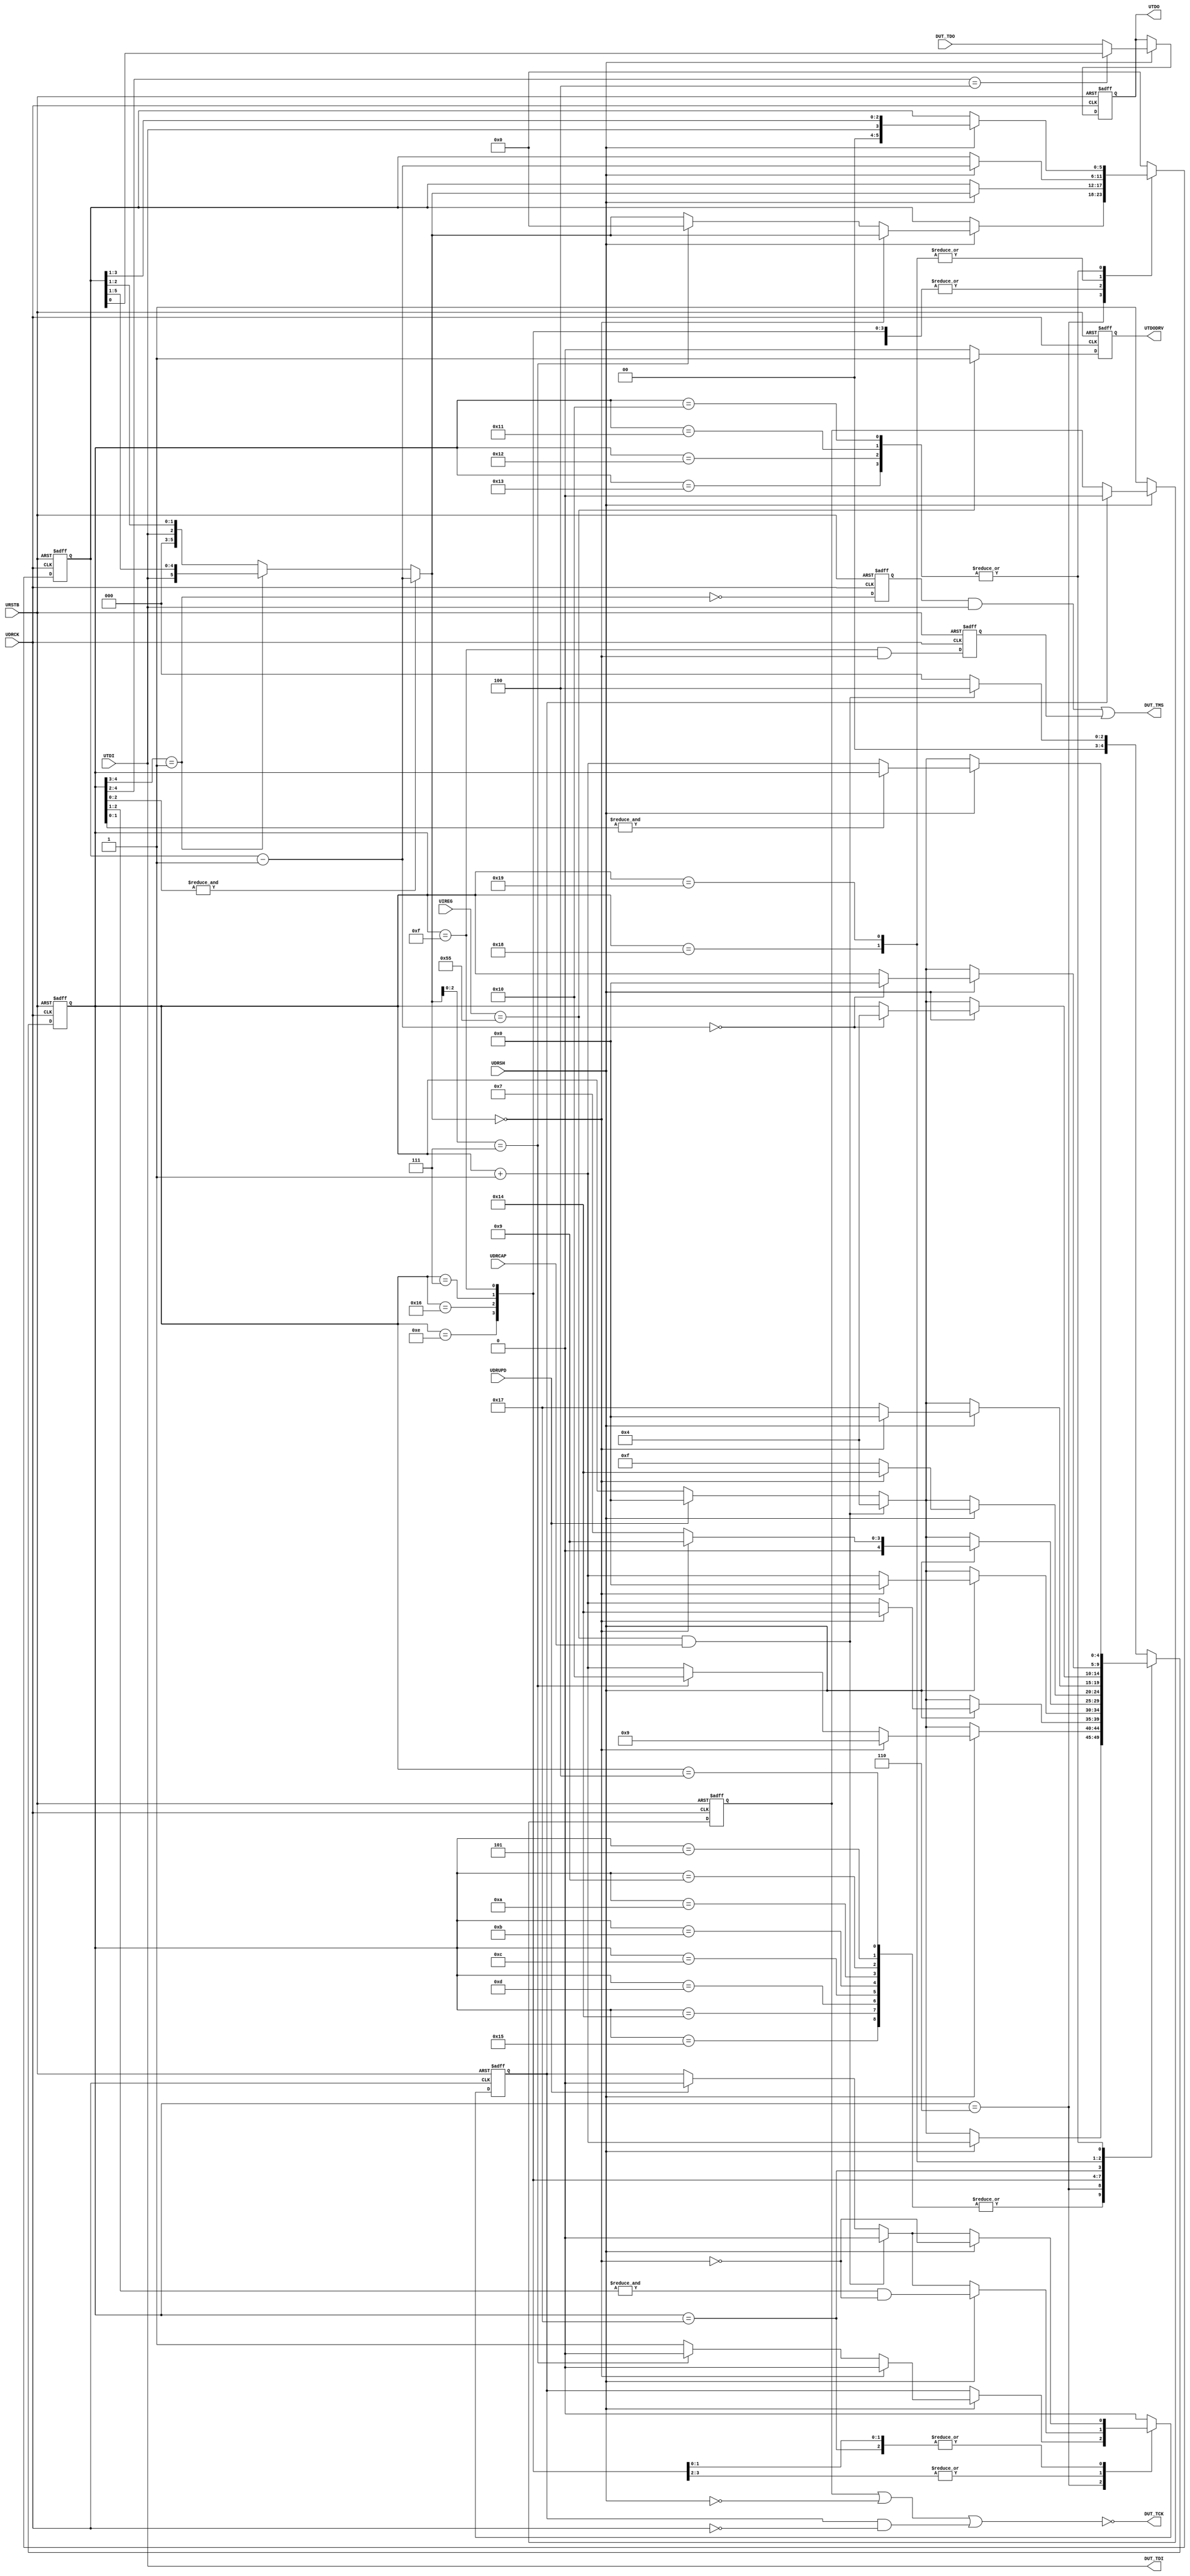
//----------------------------------------------------------------------------
//
// Copyright (C) 1999-2005 First Silicon Solutions, Inc.  All rights reserved.
//
// This source file is unpublished, proprietary information of First Silicon
// Solutions, Inc.
//
// It may be used per limitations as defined under applicable non-dislosure
// agreements and provided that this copyright statement is not removed
// from the file.  The code contained herein is not to be distributed,
// in whole or in part, without prior written permission from First Silicon
// Solutions, Inc.  First Silicon Solutions distributes this source file
// "as is" and does not guarantee applicability to any given application.
// Please send all questions and comments (including any and all discovered
// errors) on this source file to support@fs2.com.
//
// Module:
//   uj_jtag:   Conversion from UJTAG to JTAG within Actel APA / PA3 devices.
//
// $Log: uj_jtag.v,v $
// Revision 1.2  2005/12/21 22:19:01  ernie
// - Added gpin and gpout general-purpose I/O.  These are addressable through
// UJTAG to control on-chip resources such as reset or test modes.
// - Adjustments to support going into pause states in the middle of shifts.
//
// Revision 1.1  2005/08/31 16:33:32  ernie
// Initial revision
//
// $Id: uj_jtag.v 1 2007-09-24 16:19:02Z ciaran.murphy $
//
//----------------------------------------------------------------------------

                         //-------------------//
                         //                   //
                         //   INLCUDE FILES   //
                         //                   //
                         //-------------------//

                         //-------------------//
                         //                   //
                         // MODULE DEFINITION //
                         //                   //
                         //-------------------//

`timescale 1ns/10ps

module COREJTAGDEBUG_UJ_JTAG (
   // UJTAG port (to I/O)
   UIREG,
   URSTB,
   UDRUPD,
   UDRCK,
   UDRCAP,
   UDRSH,
   UTDI,
   UTDO,
   UTDODRV,

   // JTAG port (to DUT)
   DUT_TCK,
   DUT_TMS,
   DUT_TDI,
   DUT_TDO
);

parameter [7:0] IR_CODE_TGT        = 8'h55;
localparam [7:0] NUM_LEAD_PAD_BITS  = 8'b0;
localparam [7:0] NUM_TRAIL_PAD_BITS = 8'b0;

input   [7:0] UIREG;    // Current contents of chip's IR register
input   URSTB;          // JTAG reset (active low)
input   UDRUPD;         // JTAG TAP is in Update-DR state
input   UDRCK;          // shift clock
input   UDRCAP;         // JTAG TAP is in Capture-DR state
input   UDRSH;          // JTAG TAP is in Shift-DR state
input   UTDI;           // serial data from host
output  UTDO;           // serial data to host
output  UTDODRV;        // enable for tdo (asserted when this module is addressed)

output  DUT_TCK;         // JTAG clock
output  DUT_TMS;         // JTAG mode select
output  DUT_TDI;         // JTAG serial data to DUT
input   DUT_TDO;        // General-purpose addressable static inputs

                         //-------------------//
                         //                   //
                         //THEORY OF OPERATION//
                         //                   //
                         //-------------------//
//
// UJTAG is the fabric side of the chip's built-in hard-logic JTAG TAP.  A
// range of IR codes are reserved for user logic.  The IR code of this module
// should be different from other modules that might be attached to UJTAG.
// When this module is addressed by loading its IR code, then this module
// will assert its UTDODRV signal.  In a multi-core system, UTDODRV and UTDO
// from each module are combined such that the addressed module drives UTDO
// into the actual UJTAG block.  Example three-core system:
//
//   assign UTDO = (UTDODRV0 & UTDO0) | (UTDODRV1 & UTDO1) | (UTDODRV2 & UTDO2);
//
// A typical JTAG instrument has both an IR and DR, yet UTAG only gives access
// to a DR scan.  A prefix added to the beginning of each DR scan provides TAP
// state traversal information which is driven onto TMS prior to the shift.
// A UJTAG DR scan consists of 3 to 6 phases:
//
//    1. 3-bit length field
//    2. tms traversal of 0 to 6 clocks.  Typically ends in Shift.
//    3. 6-bit length field
//    4. tdi shift of 0 to 63 clocks, ending in the Exit1 state.
//    5. 3-bit length field
//    6. tms traversal of 0 to 7 clocks.  Typically ends in Idle.
//
// The prefix serves to traverse the TAP state machine to the Shift-IR or
// Shift-DR state prior to the shift.  Following the shift, the suffix
// traversal can be used to move the TAP from Exit1 to Pause, Idle, Update,
// or any other state.
//
// Example:  Starting in Idle, traverse to Shift-IR, scan 8 bits, then to Idle.
//    IR <- IR_CODE_TGT to address this module
//    DR <- {2'b01,   The exit sequence (1, 0) Exit1-IR -> Update-IR -> Idle
//           3'd2,    indicate 2 bits of exit sequence
//           8'b55,   The value you want to scan into IR
//           6'd8,    indicate 8 bits of shift
//           4'b0011, The enter sequence (1, 1, 0, 0) Idle->Shift-IR
//           3'd4}    (first) indicate 4 bits of enter sequence
//
// DUT_TCK is a gated version of UDRCK and must be routed using low-skew resources.
// UDRCK is used in this module only but skew must still be addressed.
//

                         //-------------------//
                         //                   //
                         //  LOCAL VARIABLES  //
                         //                   //
                         //-------------------//

reg [4:0] state;         // track progress through DR scan phases
reg [5:0] count;         // bit counter for enter, shift, and exit
wire [5:0] countnext;    // combinational computation of next count state
wire countnextzero;      // combinational computation of next count state
reg tckgo;               // TCK gating signal
wire DUT_TDI;             // TDI output to DUT
wire DUT_TMS;             // TMS output to DUT
reg UTDO;                // Registered output to send to UJTAG
reg UTDODRV;             // Registered decoder output for UTDO
reg endofshift;          // Internal detection of end of shift, latched on falling edge
reg pauselow;            // Gate to force DUT_TCK low when exiting shift to pause
reg tmsenb;          // Synchronize on input

`define STATE_WAITING      5'b00000

`define STATE_ENTERC0      5'b00100
`define STATE_ENTERC1      5'b00101
`define STATE_ENTERC2      5'b00110
`define STATE_ENTER        5'b00111

`define STATE_SHIFTC0      5'b01001
`define STATE_SHIFTC1      5'b01010
`define STATE_SHIFTC2      5'b01011
`define STATE_SHIFTC3      5'b01100
`define STATE_SHIFTC4      5'b01101
`define STATE_SHIFTC5      5'b01110
`define STATE_SHIFT        5'b01111

`define STATE_EXITC0       5'b10100
`define STATE_EXITC1       5'b10101
`define STATE_EXITC2       5'b10110
`define STATE_EXIT         5'b10111

`define STATE_GPIO0        5'b10000
`define STATE_GPIO1        5'b10001
`define STATE_GPIO2        5'b10010
`define STATE_GPIO3        5'b10011

`define STATE_ENTRY_PAD    5'b11000
`define STATE_EXIT_PAD     5'b11001

                         //-------------------//
                         //                   //
                         //  EXECUTABLE CODE  //
                         //                   //
                         //-------------------//

assign countnext =
     (&state[2:0]) ? (count - 6'b000001)     // run mode (state == xx111)
   : (state[4:3] == 2'b01) ? {UTDI, count[5:1]}      // shift load mode
   : {3'b000, UTDI, count[2:1]};  // enter/exit load mode

assign countnextzero = (countnext == 6'b000000);

assign DUT_TMS = (tmsenb & UTDI)    // enter/exit
              | (endofshift);         // shift -> exit1
assign DUT_TDI =  UTDI;

always @(posedge UDRCK or negedge URSTB) begin
   if (~URSTB) begin
      tckgo <= 1'b0;
      state <= `STATE_WAITING;
      count <= 6'b000000;
   end else begin
      case (state)
          `STATE_WAITING:
             begin
                tckgo <= 1'b0;
                count <= 6'b000000;
                if ((UIREG == IR_CODE_TGT) && UDRCAP) begin
                  if (NUM_LEAD_PAD_BITS == 0) state <= `STATE_ENTERC0;
                  else begin
                    count <= NUM_LEAD_PAD_BITS;
                    state <= `STATE_ENTRY_PAD;
                  end
                end else state <= `STATE_WAITING;
             end
          `STATE_ENTERC0,
          `STATE_ENTERC1,
          `STATE_SHIFTC0,
          `STATE_SHIFTC1,
          `STATE_SHIFTC2,
          `STATE_SHIFTC3,
          `STATE_SHIFTC4,
          `STATE_EXITC0,
          `STATE_EXITC1:
             begin
                tckgo <= 1'b0;
                if (UDRSH) begin
                   count <= countnext;
                   state <= state + 5'b00001;
                end else if ((UIREG == IR_CODE_TGT) && UDRCAP) begin
                   state <= `STATE_ENTERC0;         // new scan began somehow
                end else if (UDRUPD) begin
                   state <= `STATE_WAITING;         // premature exit
                end
             end
          `STATE_ENTERC2:
             begin
                if (UDRSH) begin
                   if (countnextzero) begin
                      tckgo <= 1'b0;
                      count <= countnext;
                      state <= `STATE_SHIFTC0;  // enter count is zero
                   end else if (countnext[2:0] == 3'b111) begin     // GPIO exchange
                      tckgo <= 1'b0;
                      count <= 6'b0;
                      state <= `STATE_GPIO0;
                   end else begin
                      tckgo <= 1'b1;
                      count <= countnext;
                      state <= state + 5'b00001;              // do the enter sequence
                   end
                end else if ((UIREG == IR_CODE_TGT) && UDRCAP) begin
                   state <= `STATE_ENTERC0;         // new scan began somehow
                end else if (UDRUPD) begin
                   state <= `STATE_WAITING;         // premature exit
                end
             end
          `STATE_SHIFTC5:
             begin
                if (UDRSH) begin
                   tckgo <= &state[2:1] & ~countnextzero;
                   count <= countnext;
                   if (countnextzero) state <= `STATE_EXITC0;  // shift count is zero
                   else state <= state + 5'b00001;             // do the shift sequence
                end else if ((UIREG == IR_CODE_TGT) && UDRCAP) begin
                   tckgo <= 1'b0;
                   state <= `STATE_ENTERC0;         // new scan began somehow
                end else if (UDRUPD) begin
                   tckgo <= 1'b0;
                   state <= `STATE_WAITING;         // premature exit
                end
             end
          `STATE_EXITC2:
             begin
                if (UDRSH) begin
                   tckgo <= &state[2:1] & ~countnextzero;
                   count <= countnext;
                   if (countnextzero) state <= `STATE_WAITING;  // exit count is zero
                   else state <= state + 5'b00001;
                end else if ((UIREG == IR_CODE_TGT) && UDRCAP) begin
                   tckgo <= 1'b0;
                   state <= `STATE_ENTERC0;         // new scan began somehow
                end else if (UDRUPD) begin
                   tckgo <= 1'b0;
                   state <= `STATE_WAITING;         // premature exit
                end
             end
          `STATE_ENTER:
             begin
                if (UDRSH) begin
                   tckgo <= ~countnextzero;
                   count <= countnext;
                   if (countnextzero) state <= `STATE_SHIFTC0;    // done with traversal
                   else state <= `STATE_ENTER;                    // still traversing
                end else if ((UIREG == IR_CODE_TGT) && UDRCAP) begin
                   tckgo <= 1'b0;
                   state <= `STATE_ENTERC0;         // new scan began somehow
                end else if (UDRUPD) begin
                   tckgo <= 1'b0;
                   state <= `STATE_WAITING;  // premature exit
                end
             end
          `STATE_SHIFT:
             begin
                if (UDRSH) begin
                   tckgo <= ~countnextzero;
                   count <= countnext;
                   if (countnextzero) state <= `STATE_EXITC0;    // done with shift
                   else state <= `STATE_SHIFT;                  // still shifting
                end else if ((UIREG == IR_CODE_TGT) && UDRCAP) begin
                   tckgo <= 1'b0;
                   state <= `STATE_ENTERC0;         // new scan began somehow
                end else if (UDRUPD) begin
                   tckgo <= 1'b0;
                   state <= `STATE_WAITING;         // premature exit
                end
             end
          `STATE_EXIT:
             begin
                if (UDRSH) begin
                   tckgo <= ~countnextzero;
                   count <= countnext;
                   if (countnextzero) begin
                        if (NUM_TRAIL_PAD_BITS == 0) state <= `STATE_WAITING;    // done with shift
                        else state <= `STATE_EXIT_PAD;
                   end else state <= `STATE_EXIT;                   // still shifting
                end else if ((UIREG == IR_CODE_TGT) && UDRCAP) begin
                   tckgo <= 1'b0;
                   state <= `STATE_ENTERC0;         // new scan began somehow
                end else if (UDRUPD) begin
                   tckgo <= 1'b0;
                   state <= `STATE_WAITING;         // premature exit
                end
             end
          `STATE_ENTRY_PAD:
             begin
                tckgo <= 1'b0;
                if (UDRSH) begin
                    count <= count - 1'b1;
                    if (count - 1'b1 == 6'b000000) state <= `STATE_ENTERC0;
                end else if ((UIREG == IR_CODE_TGT) && UDRCAP) begin
                    state <= `STATE_ENTERC0;         // new scan began somehow
                end else if (UDRUPD) begin
                    state <= `STATE_WAITING;         // done
                end
             end
          `STATE_EXIT_PAD:
             begin
                tckgo <= 1'b0;
                if (UDRSH) begin
                    count <= count - 1'b1;
                    if (count - 1'b1 == 6'b000000) state <= `STATE_WAITING;
                end else if ((UIREG == IR_CODE_TGT) && UDRCAP) begin
                    state <= `STATE_ENTERC0;         // new scan began somehow
                end else if (UDRUPD) begin
                    state <= `STATE_WAITING;         // done
                end
             end
          `STATE_GPIO0, `STATE_GPIO1, `STATE_GPIO2, `STATE_GPIO3:
             begin
                tckgo <= 1'b0;
                if (UDRSH) begin
                   count[5:0] <= {2'b00, UTDI, count[3:1]};
                   if (~&state[1:0]) state <= state + 5'b00001;  // hold in GPIO3
                end else if ((UIREG == IR_CODE_TGT) && UDRCAP) begin
                   state <= `STATE_ENTERC0;         // new scan began somehow
                end else if (UDRUPD) begin
                   state <= `STATE_WAITING;         // done
                end
             end
          default:
             begin
                tckgo <= 1'b0;
                count <= 6'b000000;
                if ((UIREG == IR_CODE_TGT) && UDRCAP) begin
                   state <= `STATE_ENTERC0;         // new scan began somehow
                end else begin
                   state <= `STATE_WAITING;
                end
             end
      endcase
   end
end


//
// Falling edge needed to drive TMS to DUT correctly
//
always @(negedge UDRCK or negedge URSTB) begin
   if (~URSTB) begin
      endofshift <= 1'b0;
      tmsenb <= 1'b0;
   end else begin
      tmsenb <= ~(state[4:3] == 2'b01);
      endofshift <= (state == `STATE_SHIFT) && countnextzero;
   end
end


//
// Tck gating logic
//
// Allow tck to go low with UDRCK when tckgo.
// Negative logic here avoids glitches on rising edges of UDRCK as tckgo changes.
//
always @(posedge UDRCK or negedge URSTB) begin
   if (~URSTB) begin
      pauselow <= 1'b0;
   end else begin
      if (~UDRSH) pauselow <= 1'b1;
      else if (tckgo) pauselow <= 1'b0;
   end
end

assign DUT_TCK = ~(pauselow | ~UDRSH | (tckgo & ~UDRCK));


//
// TDO logic
//
// TDO comes from DUT on falling edge.  Latch here on rising edge and
// supply to UJTAG.  UJTAG then delays until the next falling edge.
// Host app must take this one-clock delay into account and supply
// at least one exit clock after the shift in order to finish the scan.
//
always @(posedge UDRCK or negedge URSTB) begin
   if (~URSTB) begin
      UTDO <= 1'b0;
      UTDODRV <= 1'b0;
   end else begin
      if (UDRSH)
         UTDO <= (state[4:2] == 3'b100) ? count[0]   // Read of gpin
                                       : DUT_TDO;    // DUT JTAG exchange
      UTDODRV <= (UIREG == IR_CODE_TGT) ? 1'b1 : 1'b0;
   end
end

endmodule